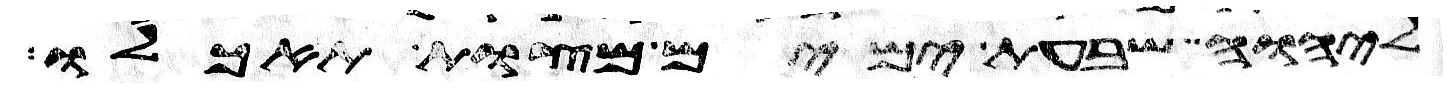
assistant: ליהוה שבעת ימים מצות תאכלו